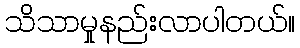
သိသာမှုနည်းလာပါတယ်။